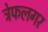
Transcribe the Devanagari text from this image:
ट्रेफलगर